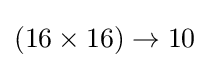
(16\times 16)\to 10